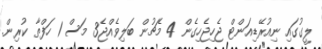
ލީގުގައި ނިއުރޭޑިއަންޓް ޖެހިޖެހިގެން 4 މެޗުން ބަލިވެއްޖެ3 މަސް 1 ހަފްތާ ކުރިން.